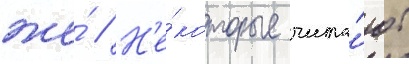
же́ // Н'е́которые чита́ют